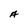
Character: A